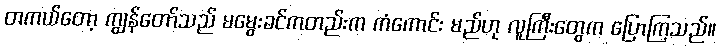
တကယ်တော့ ကျွန်တော်သည် မမွေးခင်ကတည်းက ကံကောင်း မည်ဟု လူကြီးတွေက ပြောကြသည်။